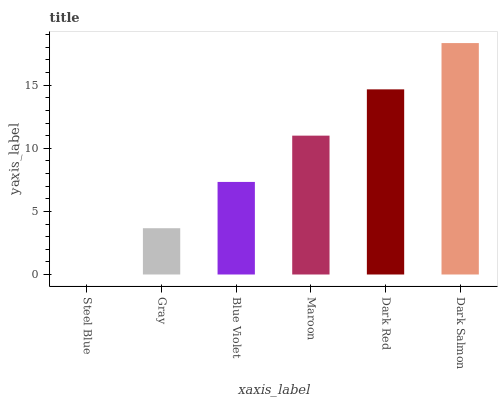
| xaxis_label | bars |
 | --- | --- |
 | Steel Blue | 0 |
 | Gray | 3.67 |
 | Blue Violet | 7.34 |
 | Maroon | 11 |
 | Dark Red | 14.7 |
 | Dark Salmon | 18.3 |